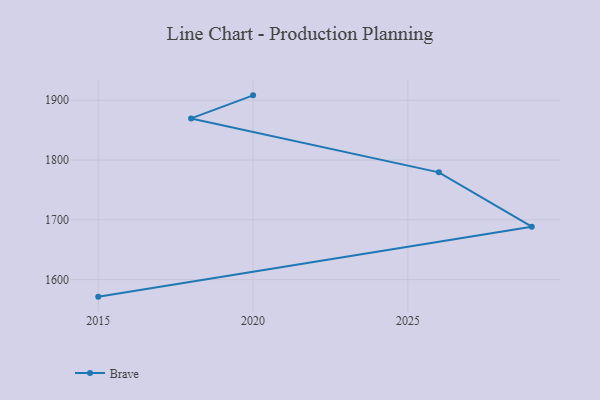
{"axis": {"x": "Year", "y": "Customer Acquisition Cost (USD)"}, "legend": ["Brave"], "data": [{"x": "2020", "y": 1908.2, "type": "Brave"}, {"x": "2018", "y": 1869.6, "type": "Brave"}, {"x": "2026", "y": 1779.4, "type": "Brave"}, {"x": "2029", "y": 1688.6, "type": "Brave"}, {"x": "2015", "y": 1571.5, "type": "Brave"}]}